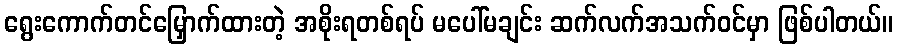
ရွေးကောက်တင်မြှောက်ထားတဲ့ အစိုးရတစ်ရပ် မပေါ်မချင်း ဆက်လက်အသက်ဝင်မှာ ဖြစ်ပါတယ်။